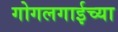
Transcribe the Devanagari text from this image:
गोगलगाईच्या